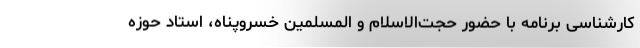
کارشناسی برنامه با حضور حجت‌الاسلام و المسلمین خسروپناه، استاد حوزه